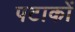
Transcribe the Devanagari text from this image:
पटाकों